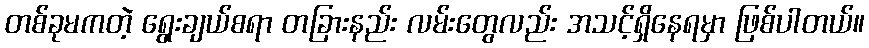
တစ်ခုမကတဲ့ ရွေးချယ်စရာ တခြားနည်း လမ်းတွေလည်း အသင့်ရှိနေရမှာ ဖြစ်ပါတယ်။